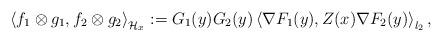
LaTeX: \begin{align*}\left\langle f_1\otimes g_1, f_2\otimes g_2\right\rangle_{\mathcal{H}_x}:=G_1(y)G_2(y)\left\langle \nabla F_1(y), Z(x)\nabla F_2(y)\right\rangle_{l_2},\end{align*}